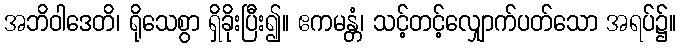
အဘိဝါဒေတိ၊ ရိုသေစွာ ရှိခိုးပြီး၍။ ဧကမန္တံ၊ သင့်တင့်လျှောက်ပတ်သော အရပ်၌။